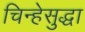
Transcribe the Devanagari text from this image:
चिन्हेसुद्धा